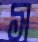
স